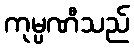
ကုမ္ပဏီသည်